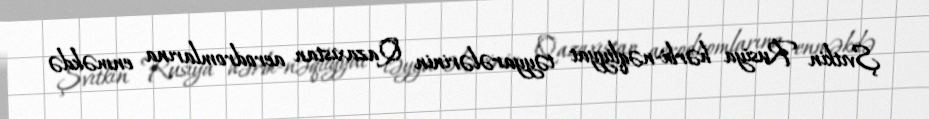
Şvıtkin Rusiya hərbi-nəqliyyat təyyarələrinin Qazaxıstan aerodromlarına enməkdə